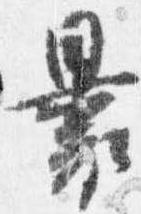
裹